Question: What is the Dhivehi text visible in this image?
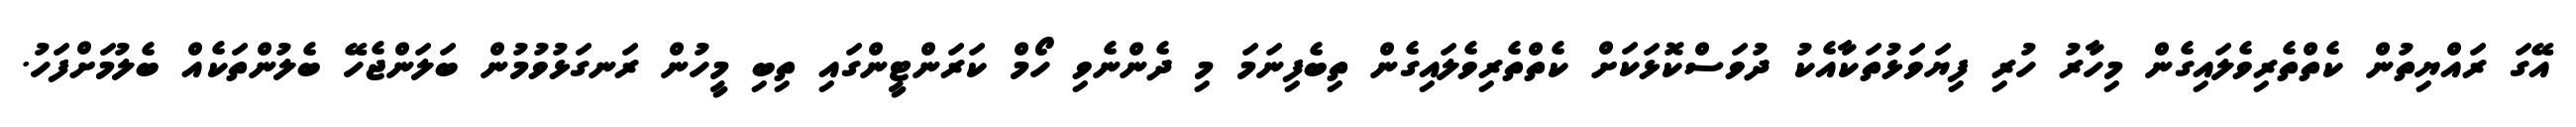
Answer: އޭގަ ރައްޔިތުން ކެތްތެރިވެލައިގެން މިހާރު ހުރި ފިޔަވަޅުތަކާއެކު ދުވަސްކޮޅަކަށް ކެތްތެރިވެލައިގެން ތިބެފިނަމަ މި ދެންނެވި ހޯމް ކަރަންޓީންގައި ތިބި މީހުން ރަނގަޅުވުމުން ބަލަންޖެހޭ ބެލުންތަކެއް ބެލުމަށްފަހު.